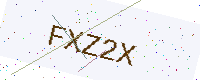
Text: FXZ2X